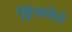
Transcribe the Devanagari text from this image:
झिजलेले